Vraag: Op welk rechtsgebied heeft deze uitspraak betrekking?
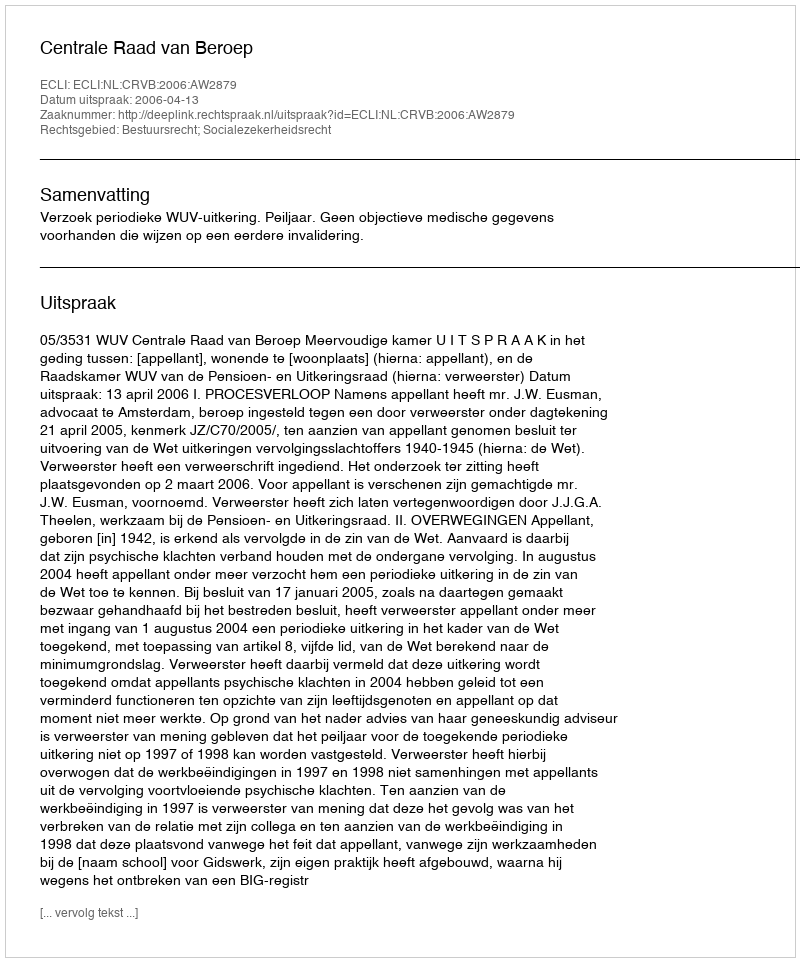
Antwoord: Bestuursrecht; Socialezekerheidsrecht